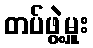
တပ်ဖွဲ့မှူး